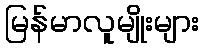
မြန်မာလူမျိုးများ